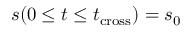
s ( 0 \leq t \leq t _ { \mathrm { c r o s s } } ) = s _ { 0 }